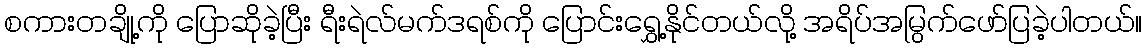
စကားတချို့ကို ပြောဆိုခဲ့ပြီး ရီးရဲလ်မက်ဒရစ်ကို ပြောင်းရွှေ့နိုင်တယ်လို့ အရိပ်အမြွက်ဖော်ပြခဲ့ပါတယ်။